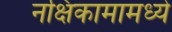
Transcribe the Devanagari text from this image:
नक्षिकामामध्ये